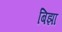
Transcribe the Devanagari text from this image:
बिझा